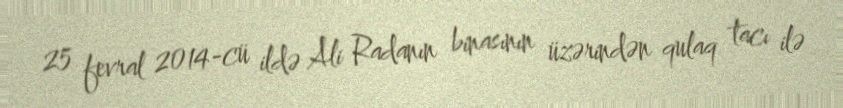
25 fevral 2014-cü ildə Ali Radanın binasının üzərindən qulaq tacı ilə